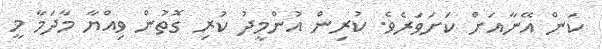
ކަން އޭނާއަށް ކަށަވަރެވެ. ކުރިން އުންމީދު ކުރި ގޮތުން ވިއްޔާ މާދަމާ މީ